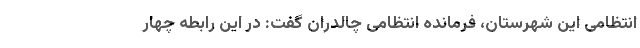
انتظامی این شهرستان، فرمانده انتظامی چالدران گفت: در این رابطه چهار